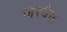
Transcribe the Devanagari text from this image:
जरवैस